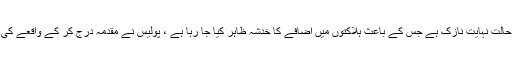
ذرائع کے مطابق زخمیوں کی حالت نہایت نازک ہے جس کے باعث ہلاکتوں میں اضافے کا خدشہ ظاہر کیا جا رہا ہے ، پولیس نے مقدمہ درج کر کے واقعے کی تحقیقات کا آغاز کردیا گیا ہے۔